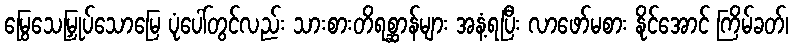
မြွေသေမြှုပ်သောမြေ ပုံပေါ်တွင်လည်း သားစားတိရစ္ဆာန်များ အနံ့ရပြီး လာဖော်မစား နိုင်အောင် ကြိမ်ခတ်၊